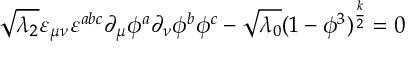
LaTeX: \sqrt { \lambda _ { 2 } } \varepsilon _ { \mu \nu } \varepsilon ^ { a b c } \partial _ { \mu } \phi ^ { a } \partial _ { \nu } \phi ^ { b } \phi ^ { c } - \sqrt { \lambda _ { 0 } } ( 1 - \phi ^ { 3 } ) ^ { \frac { k } { 2 } } = 0